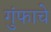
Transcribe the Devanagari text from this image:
गुंफाचे